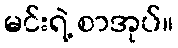
မင်းရဲ့ စာအုပ်။